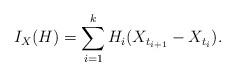
LaTeX: \begin{align*}I_X (H)& = \displaystyle \sum \limits^k_{i = 1} H_i (X_{t_{i+1}} - X_{t_i}).\end{align*}